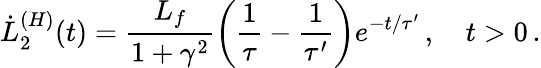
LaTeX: \dot{L}_{2}^{(H)}(t)=\frac{L_{f}}{1+\gamma^{2}}\left(\frac{1}{\tau}-\frac{1}{\tau^{\prime}}\right)e^{-t/\tau^{\prime}}\, ,\quad t>0\, .